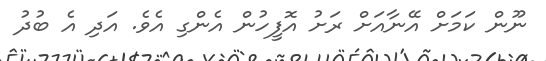
ނޫން ކަމަށް އޭނާއަށް ރަށު އޮފީހުން އެންގި އެވެ. އަދި އެ ބުދު